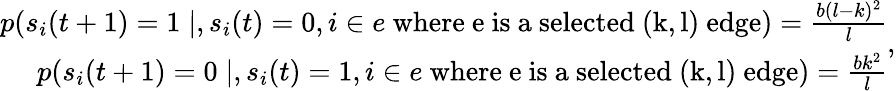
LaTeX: \begin{array}{r}{p(s_{i}(t+1)=1\mid,s_{i}(t)=0,i\in e\mathrm{~where~e~is~a~selected~(k,l)~edge})=\frac{b(l-k)^{2}}{l}}\\ {p(s_{i}(t+1)=0\mid,s_{i}(t)=1,i\in e\mathrm{~where~e~is~a~selected~(k,l)~edge})=\frac{bk^{2}}{l}}\end{array},